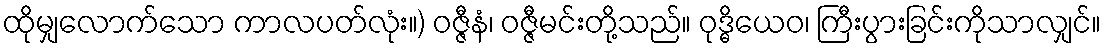
ထိုမျှလောက်သော ကာလပတ်လုံး။) ဝဇ္ဇီနံ၊ ဝဇ္ဇီမင်းတို့သည်။ ဝုဒ္ဓိယေဝ၊ ကြီးပွားခြင်းကိုသာလျှင်။